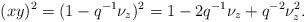
LaTeX: \begin{align*}(xy)^2 = (1 - q^{-1}\nu_z)^2 = 1-2q^{-1}\nu_z + q^{-2}\nu_z^2. \end{align*}